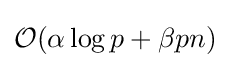
{\mathcal {O}}(\alpha \log p+\beta pn)